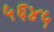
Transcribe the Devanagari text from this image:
५६४५